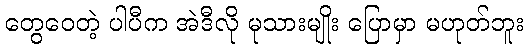
တွေဝေတဲ့ ပါပီက အဲဒီလို မုသားမျိုး ပြောမှာ မဟုတ်ဘူး